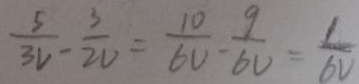
\frac { 5 } { 3 V } - \frac { 3 } { 2 v } = \frac { 1 0 } { 6 v } - \frac { 9 } { 6 v } = \frac { 1 } { 6 V }